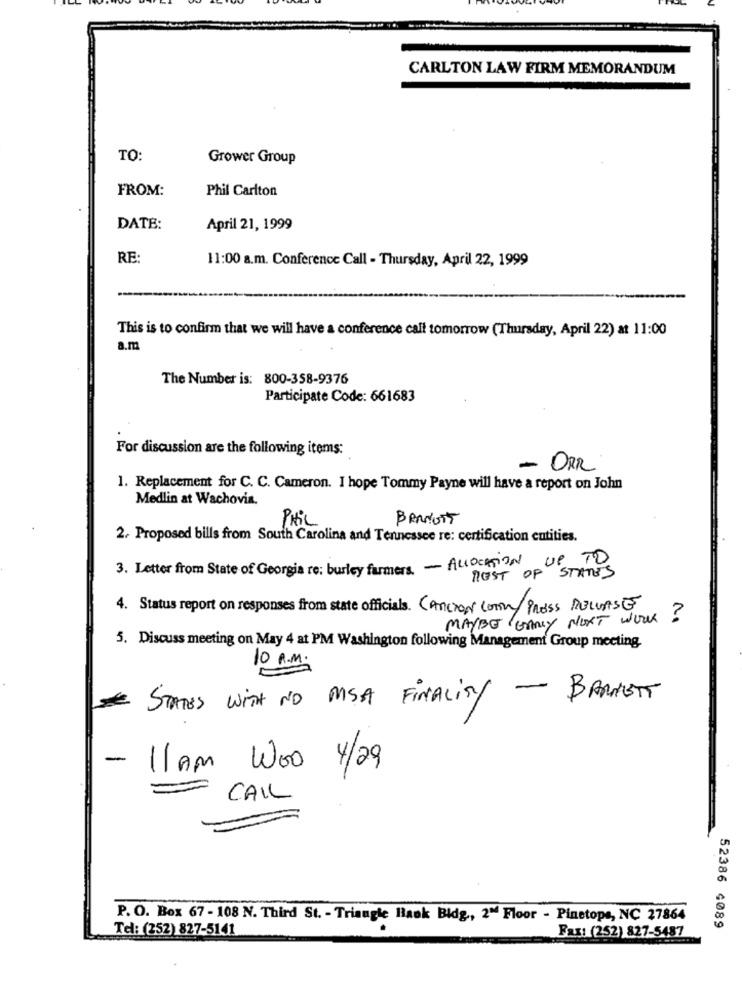
CARLTON LAW FIRM MEMORANDUM
TO:
Grower Group
FROM:
Phil Carlton
DATE:
April 21, 1999
RE:
11:00 a.m. Conference Call - Thursday, April 22, 1999
This is to confirm that we will have a conference call tomorrow (Thursday, April 22) at 11:00
a.m
The Number is: 800-358-9376
Participate Code: 661683
For discussion are the following items:
- ORR
1. Replacement for C. C. Cameron. I hope Tommy Payne will have a report on John
Medlin at Wachovia.
PHIL
BRANOTT
2. Proposed bills from South Carolina and Tennessee re: certification entities.
3. Letter from State of Georgia re: burley farmers. - ALLOCATION UP TO
REST OF STATES
4. Status report on responses from state officials. CANCION con/Press RELEASE
MAYBE EARLY NEXT WORK
?
5. Discuss meeting on May 4 at PM Washington following Management Group meeting.
10 A.M.
STATES WITH NO MSA FINALITY - BARNETT
€
-
11 AM Woo 4/29
CAIL
P. O. Box 67 - 108 N. Third St. - Triangle Haok Bldg ., 2º4 Floor - Pinetope, NC 27864
Tel: (252) 827-5141
52386 4089
Fax: (252) 827-5487